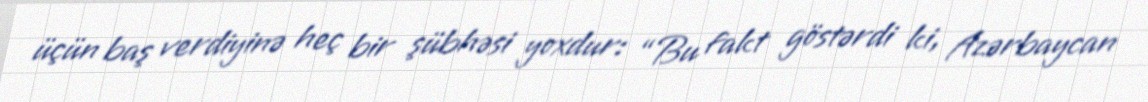
üçün baş verdiyinə heç bir şübhəsi yoxdur: “Bu fakt göstərdi ki, Azərbaycan